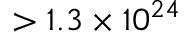
> 1 . 3 \times 1 0 ^ { 2 4 }